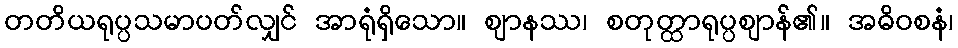
တတိယရုပ္ပသမာပတ်လျှင် အာရုံရှိသော။ ဈာနဿ၊ စတုတ္ထာရုပ္ပဈာန်၏။ အဓိဝစနံ၊